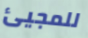
للمجيئ